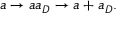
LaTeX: a \rightarrow a a _ { D } \rightarrow a + a _ { D } .